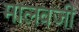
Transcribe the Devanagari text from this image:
मालवजी